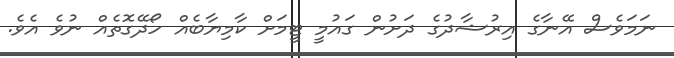
ނަމަވެސް އޭނާގެ އިރުޝާދުގެ ދަށުން ގައުމީ ޓީމަށް ކާމިޔާބެއް ހޯދޭގޮތެއް ނުވެ އެވެ.